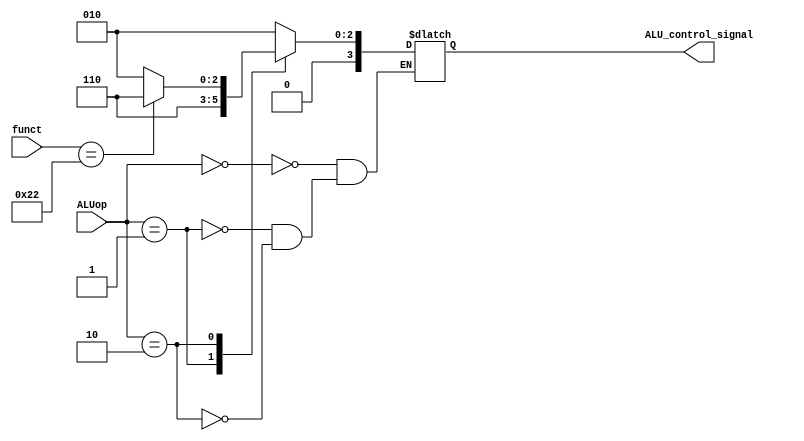
`timescale 1ns / 1ps

module alu_control(
    input [1:0] ALUop,  // signal generated by control unit
    input [5:0] funct,  // function field extracted from instruction
    output reg [3:0] ALU_control_signal     // output control signal generated by ALU controller. This is input to the ALU.
    );
    
    always @ * begin

        // Refer to Fig 4.12, and 4.13 of Textbook
        case (ALUop)
            2'b00: ALU_control_signal = 4'b0010;    // control signal for ADD operation
            2'b01: ALU_control_signal = 4'b0110;    // control signal for SUB operation
            2'b10: begin
                case (funct)
                    6'b100000: ALU_control_signal = 4'b0010;
                    6'b100010: ALU_control_signal = 4'b0110;
                    default: ALU_control_signal = 4'bxxxx;
                endcase
            end
        endcase
    end
endmodule